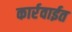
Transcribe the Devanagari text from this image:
कार्रवाईत